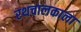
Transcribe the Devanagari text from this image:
रथचालकाला